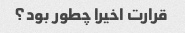
قرارت اخیرا چطور بود؟